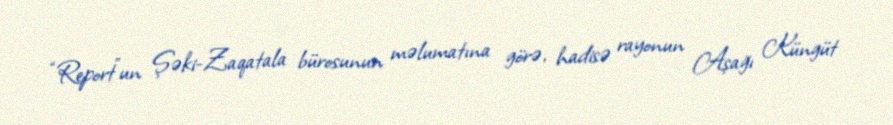
“Report”un Şəki-Zaqatala bürosunun məlumatına görə, hadisə rayonun Aşağı Küngüt